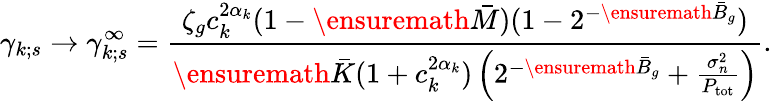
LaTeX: \gamma_{k;s}\to\gamma_{k;s}^{\infty}=\frac{\zeta_{g}c_{k}^{2\alpha_{k}}(1-\ensuremath{\bar{M}})(1-2^{-\ensuremath{\bar{B}}_{g}})}{\ensuremath{\bar{K}}(1+c_{k}^{2\alpha_{k}})\left(2^{-\ensuremath{\bar{B}}_{g}}+\frac{\sigma_{n}^{2}}{P_{\mathrm{tot}}}\right)}.